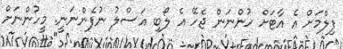
ފިލްމަށް އެ އާޓަށް ހުންނަން ޖެހޭ އެ ލޯބި އަސްލު ނުފެންނަނީ. މީހުންނަށް